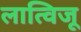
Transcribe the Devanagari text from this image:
लात्विजू